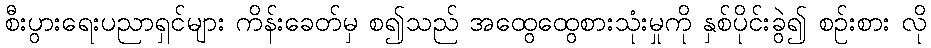
စီးပွားရေးပညာရှင်များ ကိန်းခေတ်မှ စ၍သည် အထွေထွေစားသုံးမှုကို နှစ်ပိုင်းခွဲ၍ စဉ်းစား လို